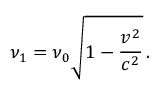
\nu _ { 1 } = \nu _ { 0 } { \sqrt { 1 - { \frac { v ^ { 2 } } { c ^ { 2 } } } } } \, .